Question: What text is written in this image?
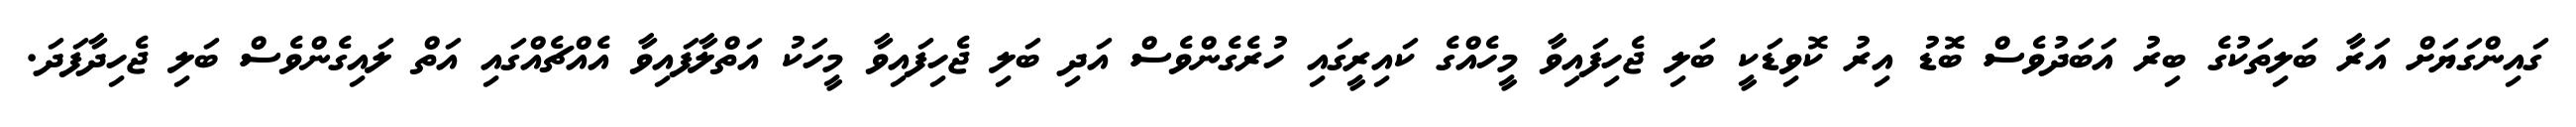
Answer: ގައިންގަޔަށް އަރާ ބަލިތަކުގެ ބިރު އަބަދުވެސް ބޮޑު އިރު ކޮވިޑަކީ ބަލި ޖެހިފައިވާ މީހެއްގެ ކައިރީގައި ހުރެގެންވެސް އަދި ބަލި ޖެހިފައިވާ މީހަކު އަތްލާފައިވާ އެއްޗެއްގައި އަތް ލައިގެންވެސް ބަލި ޖެހިދާފަދަ.